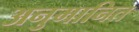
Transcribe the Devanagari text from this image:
अनुमानित